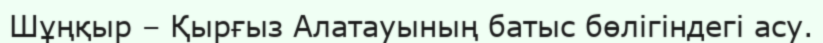
Шұңқыр – Қырғыз Алатауының батыс бөлігіндегі асу.